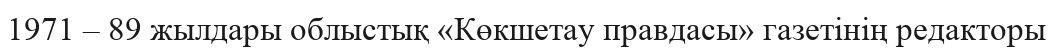
1971 – 89 жылдары облыстық «Көкшетау правдасы» газетінің редакторы